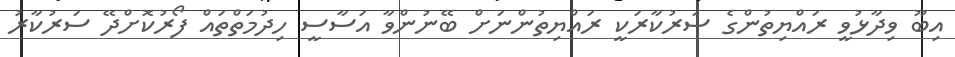
އިބޫ ވިދާޅުވީ ރައްޔިތުންގެ ސަރުކާރަކީ ރައްޔިތުންނަށް ބޭނުންވާ އަސާސީ ހިދުމަތްތައް ފޯރުކޮށްދޭ ސަރުކާރު